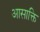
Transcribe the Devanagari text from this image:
आसाक्ति